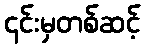
၎င်းမှတစ်ဆင့်